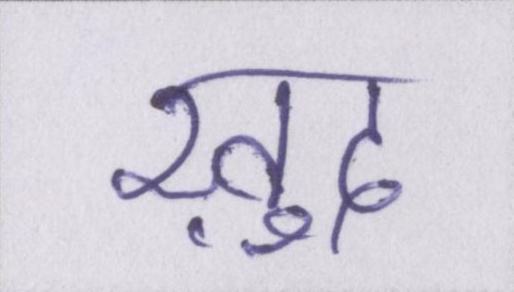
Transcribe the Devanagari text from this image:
ख़ुद